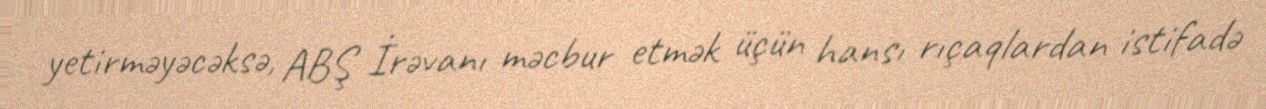
yetirməyəcəksə, ABŞ İrəvanı məcbur etmək üçün hansı rıçaqlardan istifadə